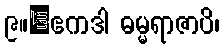
၉။	ဧကဒါ ဓမ္မရာဇာပိ၊